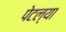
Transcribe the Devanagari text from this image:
पेटल्या